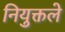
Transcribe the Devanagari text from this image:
नियुक्तले